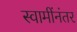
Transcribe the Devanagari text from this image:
स्वामींनंतर